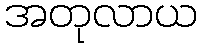
အတုလာယ